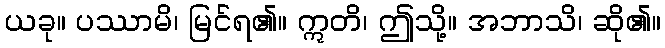
ယခု။ ပဿာမိ၊ မြင်ရ၏။ ဣတိ၊ ဤသို့။ အဘာသိ၊ ဆို၏။